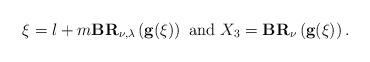
LaTeX: \begin{align*}\xi=l+m\textbf{BR}_{\nu,\lambda}\left(\textbf{g}(\xi)\right)\textrm{ and }X_3=\textbf{BR}_{\nu}\left(\textbf{g}(\xi)\right).\end{align*}